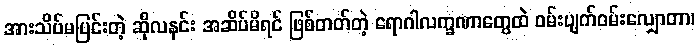
အားသိပ်မပြင်းတဲ့ ဆိုလနင်း အဆိပ်မိရင် ဖြစ်တတ်တဲ့ ရောဂါလက္ခဏာတွေထဲ ဝမ်းပျက်ဝမ်းလျှောတာ၊